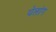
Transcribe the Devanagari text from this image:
येलांग